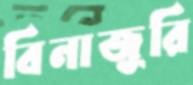
বিনাজুরি